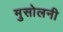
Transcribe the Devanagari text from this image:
मुसोलनी